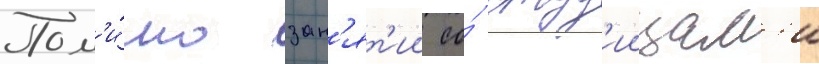
Пом'и́мо зан'ят'ии со́ студ'иицам'и